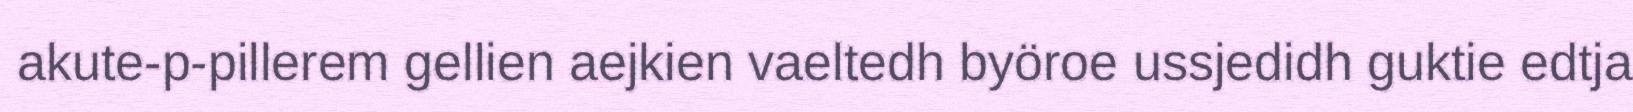
akute-p-pillerem gellien aejkien vaeltedh byöroe ussjedidh guktie edtja